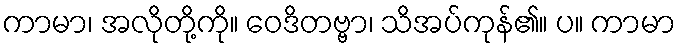
ကာမာ၊ အလိုတို့ကို။ ဝေဒိတဗ္ဗာ၊ သိအပ်ကုန်၏။ ပ။ ကာမာ